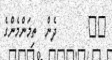
٢٧       ދެން  ތިމަންމެންގެ